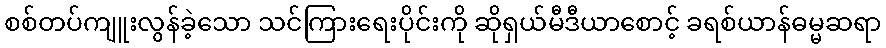
စစ်တပ်ကျူးလွန်ခဲ့သော သင်ကြားရေးပိုင်းကို ဆိုရှယ်မီဒီယာစောင့် ခရစ်ယာန်ဓမ္မဆရာ